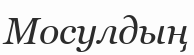
Мосулдың